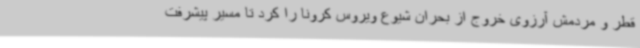
قطر و مردمش آرزوی خروج از بحران شیوع ویروس کرونا را کرد تا مسیر پیشرفت